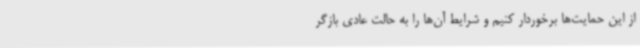
از این حمایت‌ها برخوردار کنیم و شرایط آن‌ها را به حالت عادی بازگر